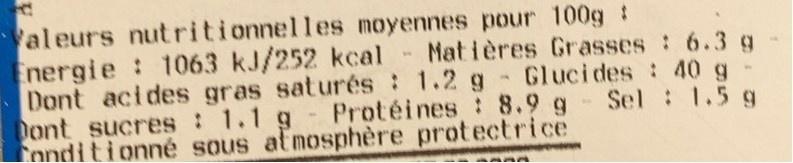
Valeurs nutritionnelles moyennes pour 100g : nergie 1063 kJ/252 kcal Matières Grasses: 6.3 g Dont acides gras saturés : 1.2 g - Glucides : 40g- Dont sucres : 1.1 g Fonditionné sous atmosphère protectrice
- Protéines : 8.9 g
Sel : 1.5 g